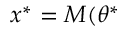
x ^ { * } = M ( \theta ^ { * }